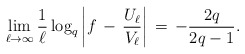
\begin{align*}\lim_{\ell \to \infty}\frac{1}{\ell} \log_{q} \left| f \, - \, \frac{U_{\ell}}{V_{\ell}} \right| \, = \, - \frac{2 q}{2q - 1} .\end{align*}